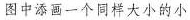
图中添画一个同样大小的小